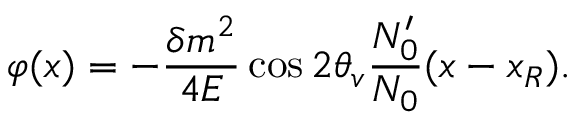
\varphi ( x ) = - \frac { \delta m ^ { 2 } } { 4 E } \cos { 2 \theta _ { v } } \frac { N _ { 0 } ^ { \prime } } { N _ { 0 } } ( x - x _ { R } ) .